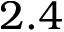
2 . 4